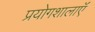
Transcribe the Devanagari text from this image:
प्रयोगशालाऍं